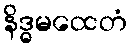
နိဒ္ဓမထေတံ